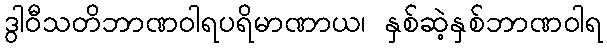
ဒွါဝီသတိဘာဏဝါရပရိမာဏာယ၊ နှစ်ဆဲ့နှစ်ဘာဏဝါရ